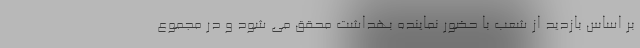
بر اساس بازدید از شعب با حضور نماینده بهداشت محقق می شود و در مجموع